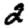
Digit: 2